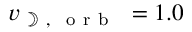
v _ { \mathrm { ~ \rightmoon ~ , ~ \mathrm { ~ o ~ r ~ b ~ } ~ } } = 1 . 0